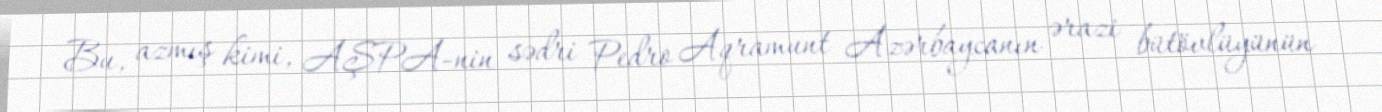
Bu, azmış kimi, AŞPA-nin sədri Pedro Aqramunt Azərbaycanın ərazi bütövlüyünün